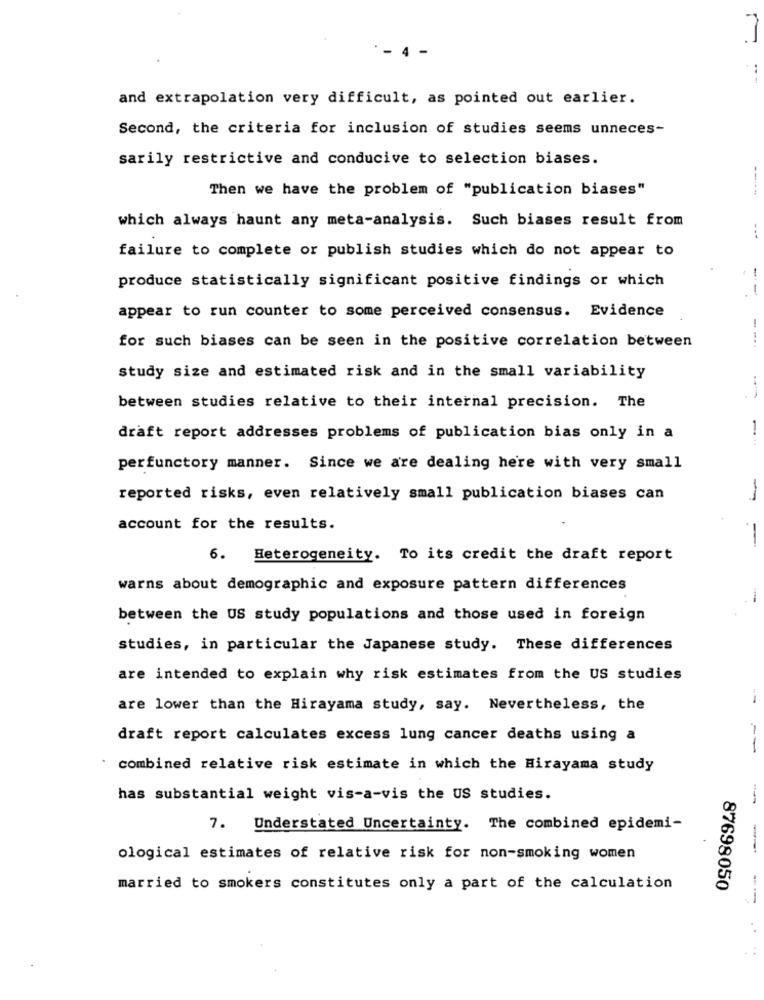
m
and extrapolation very difficult, as pointed out earlier.
Second, the criteria for inclusion of studies seems unneces-
sarily restrictive and conducive to selection biases.
Then we have the problem of "publication biases"
-----
which always haunt any meta-analysis. Such biases result from
failure to complete or publish studies which do not appear to
produce statistically significant positive findings or which
-
appear to run counter to some perceived consensus. Evidence
for such biases can be seen in the positive correlation between
study size and estimated risk and in the small variability
between studies relative to their internal precision. The
draft report addresses problems of publication bias only in a
perfunctory manner. Since we are dealing here with very small
reported risks, even relatively small publication biases can
-
account for the results.
-
6. Heterogeneity. To its credit the draft report
warns about demographic and exposure pattern differences
-
between the US study populations and those used in foreign
studies, in particular the Japanese study. These differences
are intended to explain why risk estimates from the US studies
-
are lower than the Hirayama study, say. Nevertheless, the
draft report calculates excess lung cancer deaths using a
--
combined relative risk estimate in which the Hirayama study
has substantial weight vis-a-vis the US studies.
7. Understated Uncertainty. The combined epidemi-
ological estimates of relative risk for non-smoking women
married to smokers constitutes only a part of the calculation
87698050
--
. .